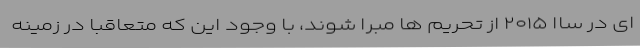
ای در ساا ۲۰۱۵ از تحریم ها مبرا شوند، با وجود این که متعاقبا در زمینه